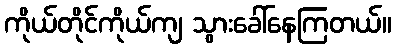
ကိုယ်တိုင်ကိုယ်ကျ သွားခေါ်နေကြတယ်။